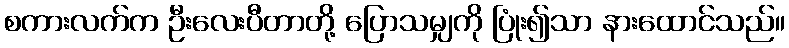
စကားလက်က ဦးလေးပီတာတို့ ပြောသမျှကို ပြုံး၍သာ နားထောင်သည်။